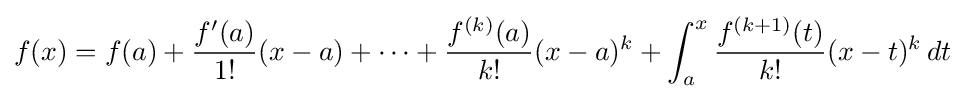
f(x)=f(a)+{\frac {f'(a)}{1!}}(x-a)+\cdots +{\frac {f^{(k)}(a)}{k!}}(x-a)^{k}+\int _{a}^{x}{\frac {f^{(k+1)}(t)}{k!}}(x-t)^{k}\,dt